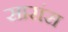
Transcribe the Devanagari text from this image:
सारांस